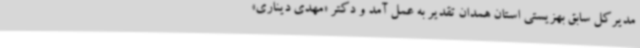
مدیرکل سابق بهزیستی استان همدان تقدیر به عمل آمد و دکتر «مهدی دیناری»